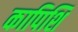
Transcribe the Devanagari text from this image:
कापिशिं